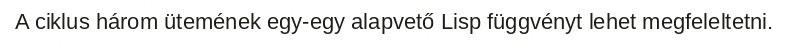
A ciklus három ütemének egy-egy alapvető Lisp függvényt lehet megfeleltetni.